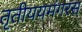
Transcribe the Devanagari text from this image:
तृतीययमंगरस